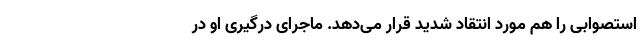
استصوابی را هم مورد انتقاد شدید قرار می‌دهد. ماجرای درگیری او در